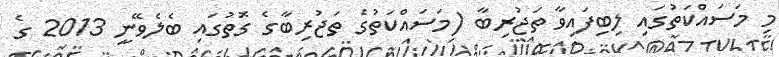
މި މަސައްކަތުގައި ލިބިފައިވާ ތަޖުރިބާ (މަސައްކަތުގެ ތަޖުރިބާގެ ގޮތުގައި ބެލެވޭނީ 2013 ގެ